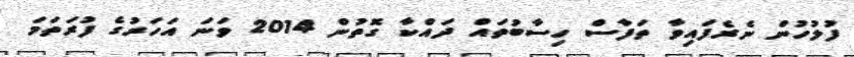
ފުލުހުން ނެރެފައިވާ ތަފާސް ހިސާބުތައް ދައްކާ ގޮތުން 2014 ވަނަ އަހަރުގެ ފުރަތަމަ